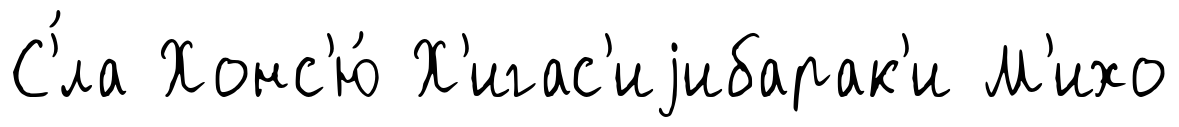
С'́ла Хонс'ю́ Х'игас'иjибарак'и М'ихо